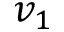
v _ { 1 }